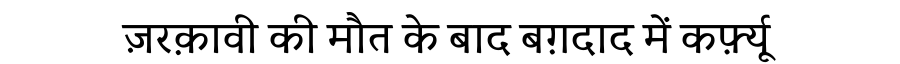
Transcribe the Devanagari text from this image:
ज़रक़ावी की मौत के बाद बग़दाद में कर्फ़्यू